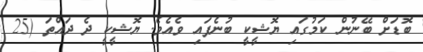
ބޮޑަށް ބޭނުން ކަމުގައި ޔޮޝީކީ ބުނެފައި ވެއެވެ. ޔޮޝީކީ ދެ ދައްތަ (25